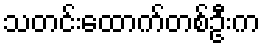
သတင်းထောက်တစ်ဦးက